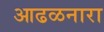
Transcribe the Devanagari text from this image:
आढळनारा